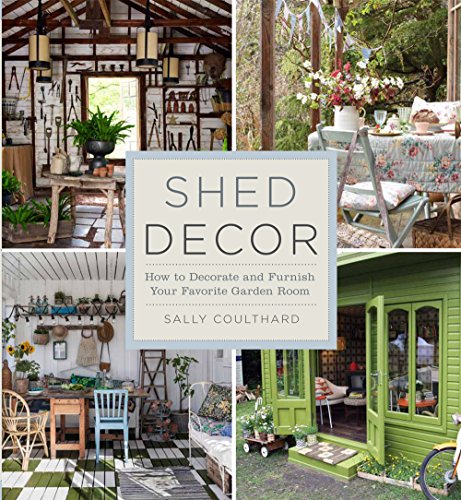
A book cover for Shed Decor: How to Decorate and Furnish Your Favorite Garden Room; Sally Coulthard; Crafts, Hobbies & Home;